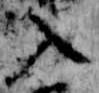
入